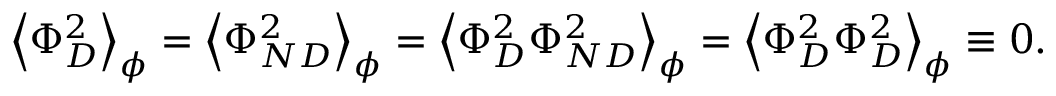
\left\langle \Phi _ { D } ^ { 2 } \right\rangle _ { \phi } = \left\langle \Phi _ { N D } ^ { 2 } \right\rangle _ { \phi } = \left\langle \Phi _ { D } ^ { 2 } \Phi _ { N D } ^ { 2 } \right\rangle _ { \phi } = \left\langle \Phi _ { D } ^ { 2 } \Phi _ { D } ^ { 2 } \right\rangle _ { \phi } \equiv 0 .